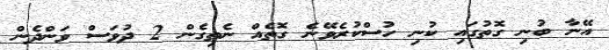
އޭނާ ބުނި ގޮތުގައި ކުނި ހުސްކުރެވޭނެ ގޮތެއް ނެތިގެން 2 ދުވަސް ވަންދެން